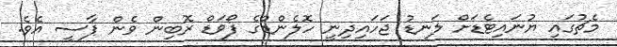
މެޗުގައި ޔުނައިޓެޑަށް ލަނޑު ޖަހައިދިނީ ހޮލެންޑްގެ ފޯވަޑް ރޮބިން ވެން ޕާސީ އެވެ.